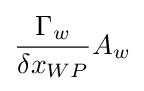
{\frac {\Gamma _{w}}{\delta x_{WP}}}A_{w}